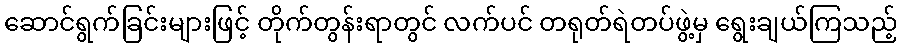
ဆောင်ရွက်ခြင်းများဖြင့် တိုက်တွန်းရာတွင် လက်ပင် တရုတ်ရဲတပ်ဖွဲ့မှ ရွေးချယ်ကြသည့်